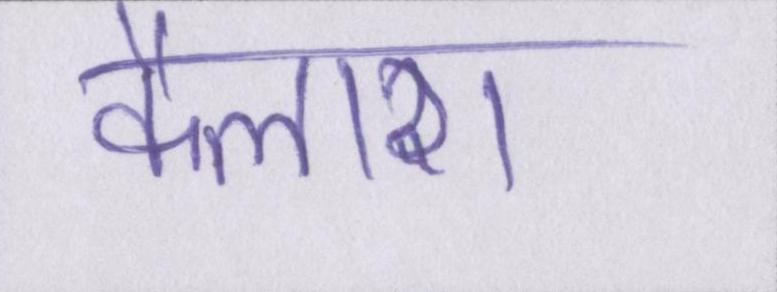
कैलाश